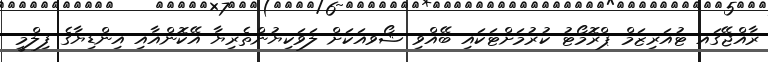
ރާއްޖޭގައ ޓުއަރިޒަމް ޕްރޮމޯޓު ކުރުމަށްޓަކައި ބޭއްވި ޝޯވއަކަށް ލަވަކިޔުންތެރިޔާ އޭކޮންއާއި އިންޑިޔާގެ ފިލްމީ